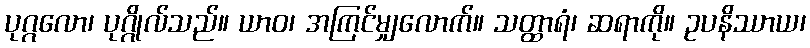
ပုဂ္ဂလော၊ ပုဂ္ဂိုလ်သည်။ ယာဝ၊ အကြင်မျှလောက်။ သတ္ထာရံ၊ ဆရာကို။ ဥပနိဿာယ၊